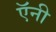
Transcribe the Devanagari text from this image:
ऍनी